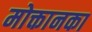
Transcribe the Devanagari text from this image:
मोक्तानका